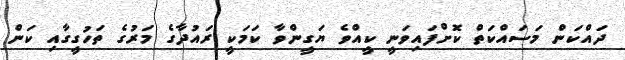
ދައްކަން މަސައްކަތް ކޮށްފައިވަނީ ކީއްވެ ޔަގީންވާ ކަމަކީ ރައުދާގެ މަރުގެ ތަހުގީގާއި ކަން